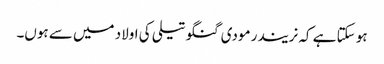
ہو سکتا ہے کہ نریندر مودی گنگو تیلی کی اولاد میں سے ہوں۔